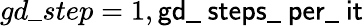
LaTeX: gd\_ step=1,\textsf{gd\_ steps\_ per\_ it}